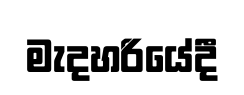
මැදහරියේදී